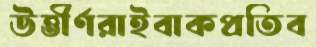
উত্তীর্ণরাইবাকপ্রতিব